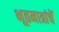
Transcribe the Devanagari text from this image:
भूतमात्रांचें